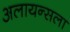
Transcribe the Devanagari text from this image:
अलायन्सला